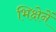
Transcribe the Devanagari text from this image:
भिक्षेनें